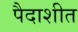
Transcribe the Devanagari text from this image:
पैदाशीत